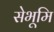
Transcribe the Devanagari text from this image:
सेभूमि